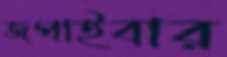
জপাইবার